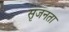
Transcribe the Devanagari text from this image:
सृजनता